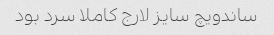
ساندویچ سایز لارج کاملا سرد بود